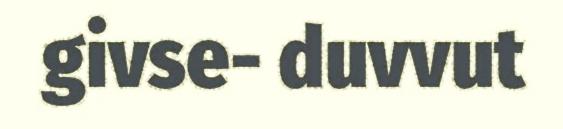
givse- duvvut